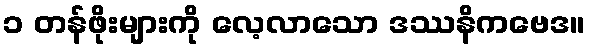
၁ တန်ဖိုးများကို လေ့လာသော ဒဿနိကဗေဒ။